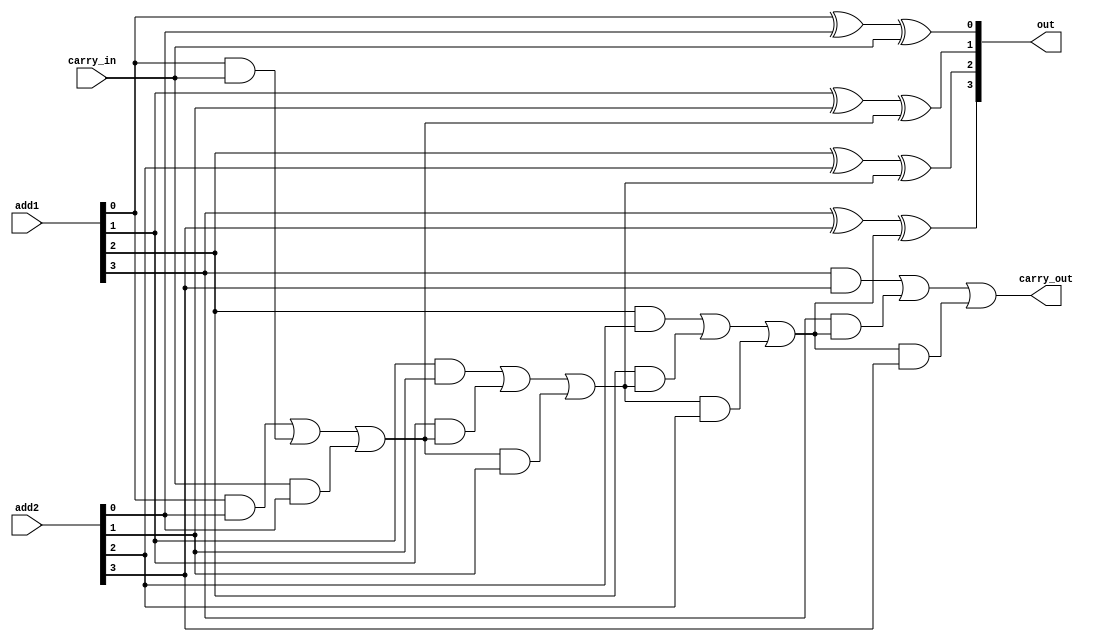
module adder4(add1,add2,carry_in,out,carry_out);
input [3:0] add1,add2;
input carry_in;
output [3:0] out;
output carry_out;
wire [3:0] carry;

assign out[0] = (add1[0] ^ add2[0]) ^ carry_in;
assign out[1] = (add1[1] ^ add2[1]) ^ carry[0];
assign out[2] = (add1[2] ^ add2[2]) ^ carry[1];
assign out[3] = (add1[3] ^ add2[3]) ^ carry[2];
assign carry[0]  = (add1[0] && add2[0]) || (add1[0] && carry_in) || (carry_in && add2[0]);
assign carry[1]  = (add1[1] && add2[1]) || (add1[1] && carry[0]) || (carry[0] && add2[1]);
assign carry[2]  = (add1[2] && add2[2]) || (add1[2] && carry[1]) || (carry[1] && add2[2]);
assign carry_out = (add1[3] && add2[3]) || (add1[3] && carry[2]) || (carry[2] && add2[3]);

endmodule